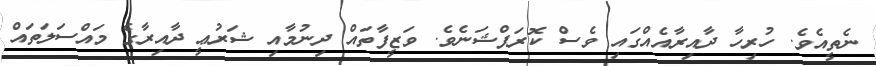
ނެތީއެވެ. ހުރިހާ ދާއިރާއެއްގައި ވެސް ކޮރަޕްޝަނެވެ. ވަޒީފާތައް ދިނުމާއި ޝަރުޢީ ދާއިރާގެ މައްސަލަތައް